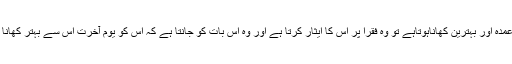
اگر اس کے پاس عمدہ اور بہترین کھاناہوتاہے تو وہ فقرا پر اس کا ایثار کرتا ہے اور وہ اس بات کو جانتا ہے کہ اس کو یومِ آخرت اس سے بہتر کھانا عطا کیا جائے گا۔